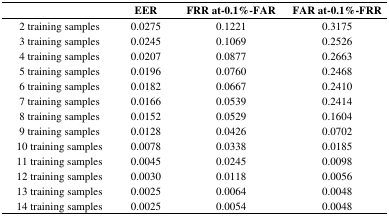
<table><thead><tr><td></td><td><b>EER</b></td><td><b>FRR at-0.1%-FAR</b></td><td><b>FAR at-0.1%-FRR</b></td></tr></thead><tbody><tr><td>2 training samples</td><td>0.0275</td><td>0.1221</td><td>0.3175</td></tr><tr><td>3 training samples</td><td>0.0245</td><td>0.1069</td><td>0.2526</td></tr><tr><td>4 training samples</td><td>0.0207</td><td>0.0877</td><td>0.2663</td></tr><tr><td>5 training samples</td><td>0.0196</td><td>0.0760</td><td>0.2468</td></tr><tr><td>6 training samples</td><td>0.0182</td><td>0.0667</td><td>0.2410</td></tr><tr><td>7 training samples</td><td>0.0166</td><td>0.0539</td><td>0.2414</td></tr><tr><td>8 training samples</td><td>0.0152</td><td>0.0529</td><td>0.1604</td></tr><tr><td>9 training samples</td><td>0.0128</td><td>0.0426</td><td>0.0702</td></tr><tr><td>10 training samples</td><td>0.0078</td><td>0.0338</td><td>0.0185</td></tr><tr><td>11 training samples</td><td>0.0045</td><td>0.0245</td><td>0.0098</td></tr><tr><td>12 training samples</td><td>0.0030</td><td>0.0118</td><td>0.0056</td></tr><tr><td>13 training samples</td><td>0.0025</td><td>0.0064</td><td>0.0048</td></tr><tr><td>14 training samples</td><td>0.0025</td><td>0.0054</td><td>0.0048</td></tr></tbody></table>